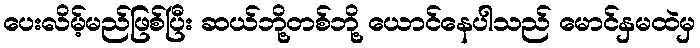
ပေးလိမ့်မည်ဖြစ်ပြီး ဆယ်ဘို့တစ်ဘို့ ယောင်နေပါသည် မောင်နှမထဲမှ